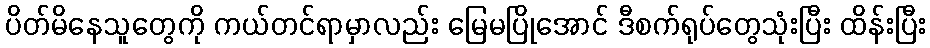
ပိတ်မိနေသူတွေကို ကယ်တင်ရာမှာလည်း မြေမပြိုအောင် ဒီစက်ရုပ်တွေသုံးပြီး ထိန်းပြီး